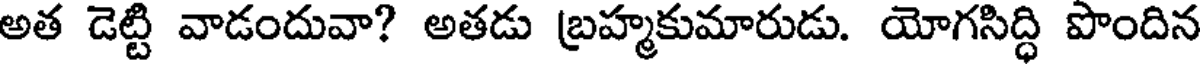
అత డెట్టి వాడందువా? అతడు బ్రహ్మకుమారుడు. యోగసిద్ధి పొందిన